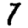
Digit: 7